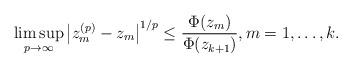
LaTeX: \begin{align*}\limsup_{p\to\infty}\big|z^{(p)}_m-z_m\big|^{1/p}\leq \frac{\Phi(z_m)}{\Phi(z_{k+1})},m=1,\ldots,k.\end{align*}